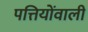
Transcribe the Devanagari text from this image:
पत्तियोंवाली